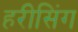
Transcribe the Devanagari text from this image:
हरीसिंग